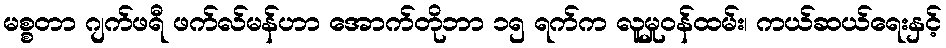
မစ္စတာ ဂျက်ဖရီ ဖက်လ်မန်ဟာ အောက်တိုဘာ ၁၅ ရက်က လူမှုဝန်ထမ်း၊ ကယ်ဆယ်ရေးနှင့်